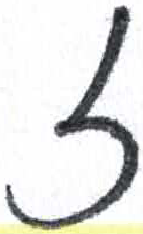
אות: ז